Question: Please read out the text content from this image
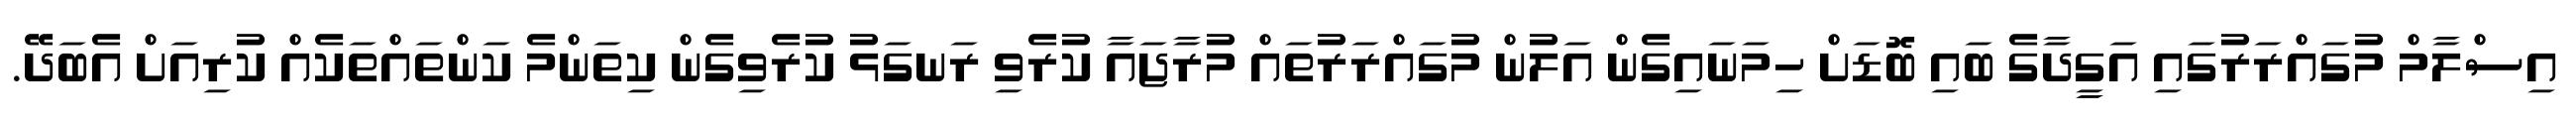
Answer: އިސްލާމް މުގައްރަރުގައި އަގީދާގެ ބައި ބޮޑަށް ހިމަނައިގެން އަލުން މުގައްރަރުތައް މުރާޖައާ ކުރެވި ރަނގަޅު ކުރެވިގެން ކިތަންމެ ކަންތައްތަކެއް ކުރިއަށް އެބަދޭ.